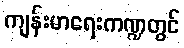
ကျန်းမာရေးကဏ္ဍတွင်